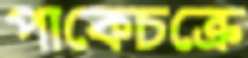
পাকেচক্রে